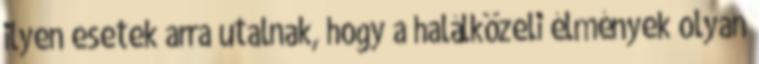
ilyen esetek arra utalnak, hogy a halálközeli élmények olyan